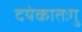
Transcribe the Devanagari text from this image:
दयेकातःगु